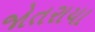
જોતરાયા